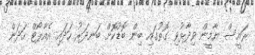
ރައީސް ޔާމީން ވިދާޅުވި ގޮތުގައި ބިން ބޮޑުކޮށް ބަނދަރު ހަދައި އެއާޕޯޓް ހަދަން